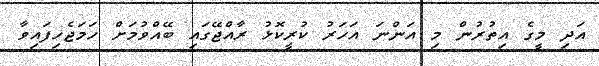
އަދި މީގެ އިތުރުން މި އަންނަ އަހަރު ކުރީކޮޅު ރާއްޖޭގައި ބޭއްވުމަށް ހަމަޖެހިފައިވާ